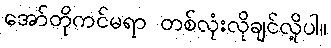
အော်တိုကင်မရာ တစ်လုံးလိုချင်လို့ပါ။